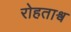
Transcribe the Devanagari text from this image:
रोहताश्व